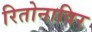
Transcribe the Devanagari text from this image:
रितोनाविर